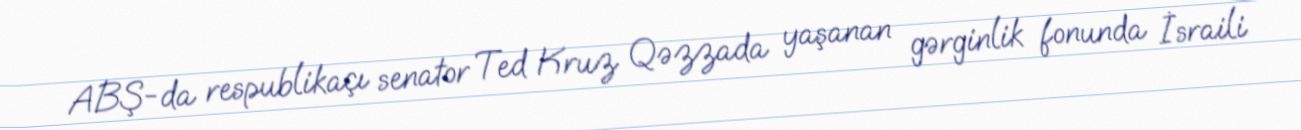
ABŞ-da respublikaçı senator Ted Kruz Qəzzada yaşanan gərginlik fonunda İsraili